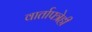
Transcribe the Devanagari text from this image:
वार्तापत्रेही